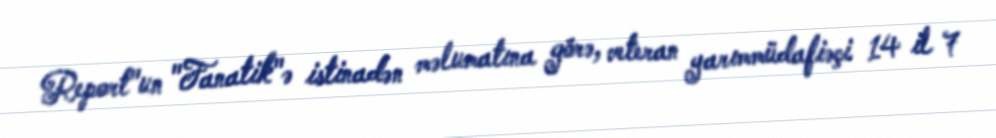
Report"un "Fanatik"ə istinadən məlumatına görə, veteran yarımmüdafiəçi 14 il 7